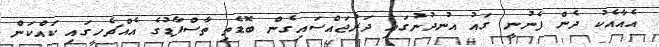
އެއާއެކު ދެން ފެނުނީ ގައު އުނދުނުގައި ދަރުޖައްސައިގެން ބޮޑެތި ތާސްފާޑުގެ އެއްޗެހީގައި ކައްކަން